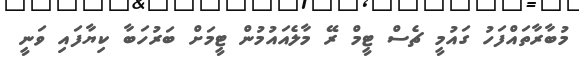
މުބާރާތައްފަހު ގައުމީ ޗެސް ޓީމް ރޭ މާލެއައުމުން ޓީމަށް ބަރުހަބާ ކިޔާފައި ވަނީ